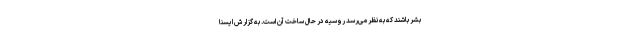
بشر باشند که به نظر می‌رسد روسیه در حال ساخت آن است. به گزارش ایسنا